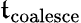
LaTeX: \mathfrak{t}_{\mathrm{{coalesce}}}